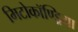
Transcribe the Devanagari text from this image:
मिटोकॉण्ड्रिया